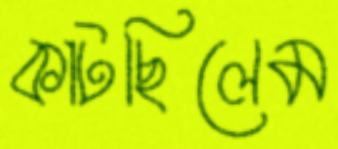
কাটছিলেম